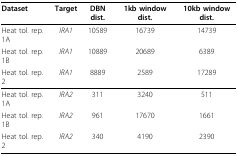
<table><thead><tr><td><b>Dataset</b></td><td><b>Target</b></td><td><b>DBN dist.</b></td><td><b>1kb window dist.</b></td><td><b>10kb window dist.</b></td></tr></thead><tbody><tr><td>Heat tol. rep. 1A</td><td><i>IRA1</i></td><td>10589</td><td>16739</td><td>14739</td></tr><tr><td>Heat tol. rep. 1B</td><td><i>IRA1</i></td><td>10889</td><td>20689</td><td>6389</td></tr><tr><td>Heat tol. rep. 2</td><td><i>IRA1</i></td><td>8889</td><td>2589</td><td>17289</td></tr><tr><td>Heat tol. rep. 1A</td><td><i>IRA2</i></td><td>311</td><td>3240</td><td>511</td></tr><tr><td>Heat tol. rep. 1B</td><td><i>IRA2</i></td><td>961</td><td>17670</td><td>1661</td></tr><tr><td>Heat tol. rep. 2</td><td><i>IRA2</i></td><td>340</td><td>4190</td><td>2390</td></tr></tbody></table>